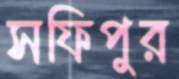
সফিপুর